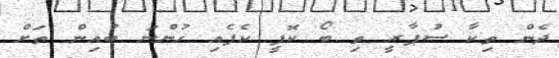
ދެން ތިކާ ސުޕާރީ ތި ބޯ ކޮފީ ކެފެއި ހުންނަ ބުއިން ތަށް